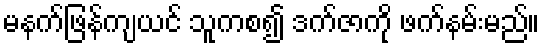
မနက်ဖြန်ကျယင် သူကစ၍ ဒက်ဇာကို ဖက်နမ်းမည်။